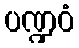
ပဏ္ဍဝံ